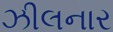
ઝીલનાર